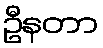
ဦနတာ